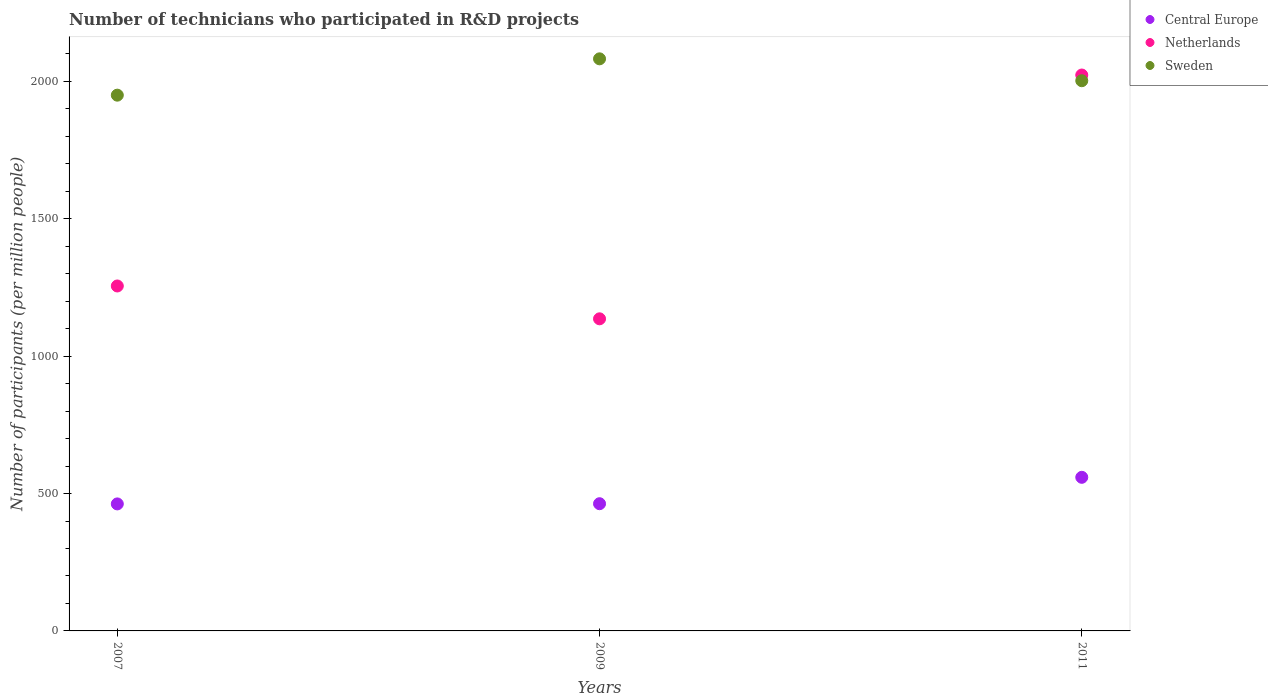
| Years | Central Europe | Netherlands | Sweden |
 | --- | --- | --- | --- |
 | 2007 | 462 | 1.26e+03 | 1.95e+03 |
 | 2009 | 463 | 1.14e+03 | 2.08e+03 |
 | 2011 | 559 | 2.02e+03 | 2e+03 |